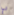
لي